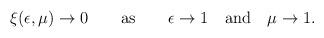
LaTeX: \begin{align*}\xi(\epsilon,\mu)\to 0 \qquad {\rm as} \qquad \epsilon\to 1 \quad {\rm and} \quad \mu\to 1.\end{align*}